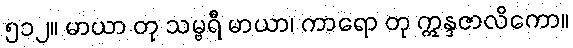
၅၁၂။ မာယာ တု သမ္ဗရီ မာယာ၊ ကာရော တု ဣန္ဒဇာလိကော။